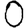
Digit: 0